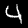
Label: 4